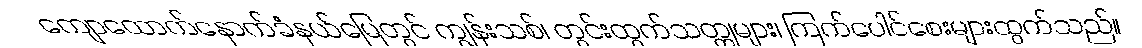
ကျောထောက်နောက်ခံနယ်မြေတွင် ကျွန်းသစ်၊ တွင်းထွက်သတ္တုများ၊ ကြက်ပေါင်စေးများထွက်သည်။